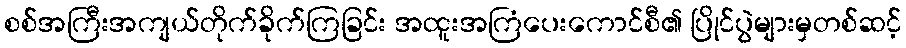
စစ်အကြီးအကျယ်တိုက်ခိုက်ကြခြင်း အထူးအကြံပေးကောင်စီ၏ ပြိုင်ပွဲများမှတစ်ဆင့်